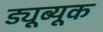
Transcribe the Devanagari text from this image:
ड्यूब्यूक